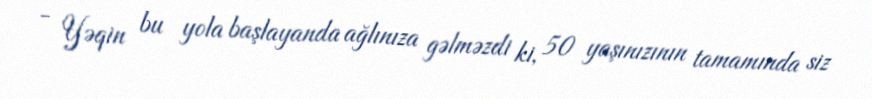
- Yəqin bu yola başlayanda ağlınıza gəlməzdi ki, 50 yaşınızının tamamında siz